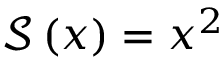
\mathcal S \left( x \right) = x ^ { 2 }